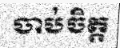
ចាប់ចិត្ត